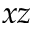
x z